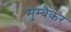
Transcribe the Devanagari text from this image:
मुम्बैकर